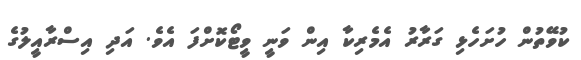
ކުވޭތުން ހުށަހެޅި ގަރާރު އެމެރިކާ އިން ވަނީ ވީޓޯކޮށްފަ އެވެ. އަދި އިސްރާއީލުގެ